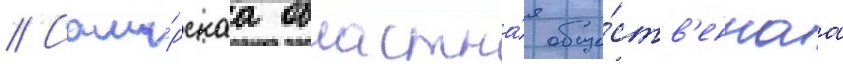
// Сама́рскаа областна́я обще́ств'еннаа